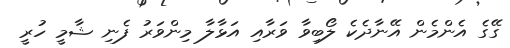
ގޭގެ އެންމެން އޭނާދެކެ ލޯބިވާ ވަރާއި އަޅާލާ މިންވަރު ފެނި ޝާމީ ހުރީ